Subject: stat
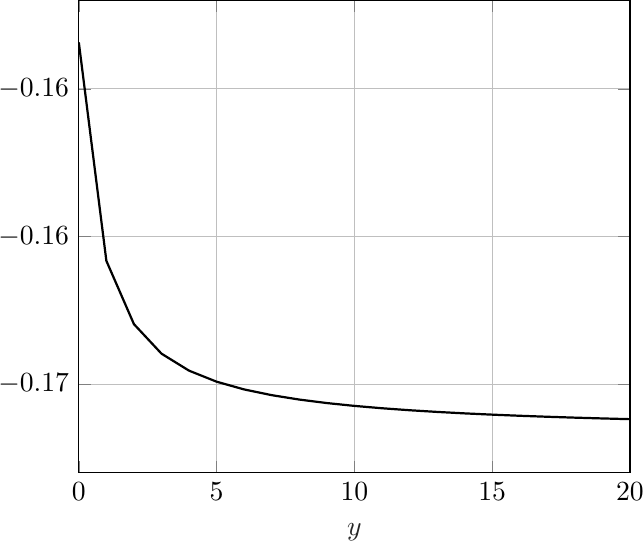
LaTeX code:
\begin{tikzpicture}

\begin{axis}[%
width=7cm,
height=6cm,
at={(1.011in,0.642in)},
scale only axis,
xmin=0,
xmax=20,
xlabel style={font=\color{white!15!black}},
xlabel={$y$},
ymin=-0.168,
ymax=-0.152,
axis background/.style={fill=white},
xmajorgrids,
ymajorgrids,
legend style={legend cell align=left, align=left, draw=white!15!black}
]
\addplot [color=black, thick]
  table[row sep=crcr]{%
0	-0.153426409720027\\
1	-0.16082650499167\\
2	-0.16296984313822\\
3	-0.163969625574552\\
4	-0.164545558602008\\
5	-0.164919405643965\\
6	-0.165181462725114\\
7	-0.165375278749598\\
8	-0.165524407814813\\
9	-0.165642692642934\\
10	-0.165738798081843\\
11	-0.165818423477616\\
12	-0.165885470630682\\
13	-0.165942700327551\\
14	-0.165992120834603\\
15	-0.166035227841375\\
16	-0.166073158130191\\
17	-0.166106791105769\\
18	-0.166136817714158\\
19	-0.166163788347164\\
20	-0.16618814684475\\
21	-0.166210255084026\\
22	-0.166230411060683\\
23	-0.166248862386841\\
24	-0.16626581650579\\
25	-0.166281448518792\\
26	-0.166295907250744\\
27	-0.166309320000241\\
28	-0.166321796295307\\
29	-0.166333430889384\\
30	-0.166344306171041\\
31	-0.166354494117009\\
32	-0.166364057886394\\
33	-0.166373053130716\\
34	-0.166381529077132\\
35	-0.166389529429395\\
36	-0.166397093121322\\
37	-0.16640425495024\\
38	-0.166411046112071\\
39	-0.166417494655448\\
40	-0.166423625868884\\
41	-0.166429462612054\\
42	-0.166435025600578\\
43	-0.1664403336516\\
44	-0.166445403896397\\
45	-0.166450251964935\\
46	-0.166454892147158\\
47	-0.166459337533055\\
48	-0.166463600136353\\
49	-0.166467691002818\\
50	-0.166471620305813\\
};

\end{axis}
\end{tikzpicture}%